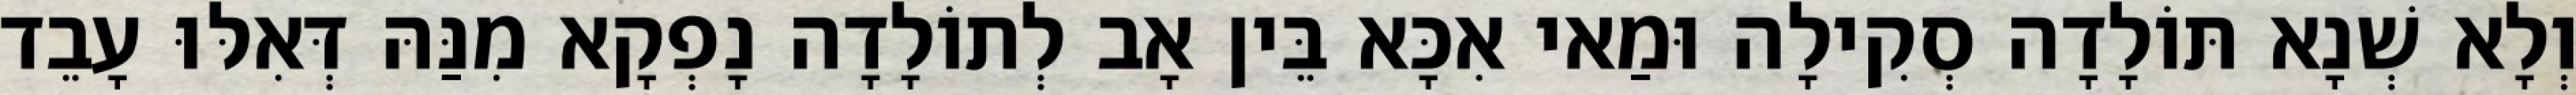
וְלָא שְׁנָא תּוֹלָדָה סְקִילָה וּמַאי אִכָּא בֵּין אָב לְתוֹלָדָה נָפְקָא מִנַּהּ דְּאִלּוּ עָבֵד